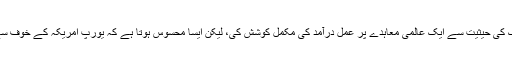
ایران نے ایک آزاد و خود مختار اور ذمہ دار ملک کی حیثیت سے ایک عالمی معاہدے پر عمل درآمد کی مکمل کوشش کی، لیکن ایسا محسوس ہوتا ہے کہ یورپ امریکہ کے خوف سے اس معاہدے پر عمل درآمد کے لیے تیار نہیں۔